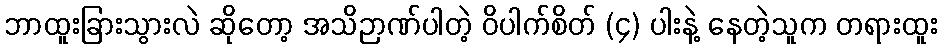
ဘာထူးခြားသွားလဲ ဆိုတော့ အသိဉာဏ်ပါတဲ့ ဝိပါက်စိတ် (၄) ပါးနဲ့ နေတဲ့သူက တရားထူး